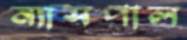
ন্যাসপাল